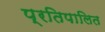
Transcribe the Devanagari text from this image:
प्रतिपालित